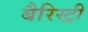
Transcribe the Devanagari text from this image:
बैरिस्ट्री